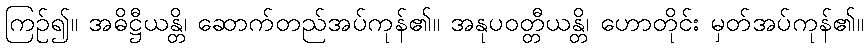
ကြဉ်၍။ အဓိဋ္ဌီယန္တိ၊ ဆောက်တည်အပ်ကုန်၏။ အနုပဝတ္တီယန္တိ၊ ဟောတိုင်း မှတ်အပ်ကုန်၏။